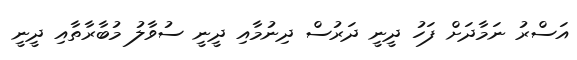
އަސްރު ނަމާދަށް ފަހު ދީނީ ދަރުސް ދިނުމާއި ދީނީ ސުވާލު މުބާރާތާއި ދީނީ